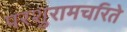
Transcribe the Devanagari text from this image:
परशुरामचरिते